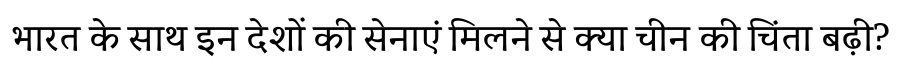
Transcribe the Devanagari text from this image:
भारत के साथ इन देशों की सेनाएं मिलने से क्या चीन की चिंता बढ़ी?